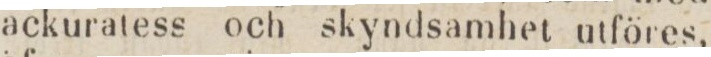
ackuratess och skyndsamhet utföres,